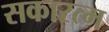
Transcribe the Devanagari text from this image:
सकारत्म